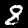
Label: 8